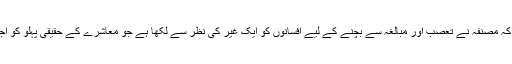
کشور ناہید کہا کہ مصنفہ نے تعصب اور مبالغہ سے بچنے کے لیے افسانوں کو ایک غیر کی نظر سے لکھا ہے جو معاشرے کے حقیقی پہلو کو اجاگر کرتی ہیں ۔